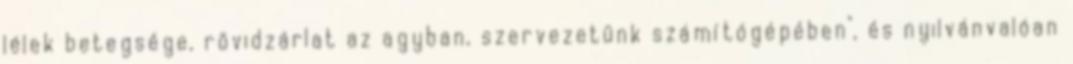
lélek betegsége, rövidzárlat az agyban, szervezetünk számítógépében", és nyilvánvalóan